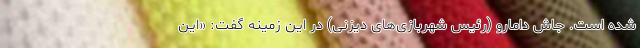
شده است. جاش دامارو (رئیس شهربازی‌های دیزنی) در این زمینه گفت: «این